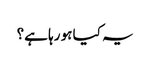
یہ کیا ہو رہا ہے؟